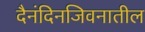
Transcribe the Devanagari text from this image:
दैनंदिनजिवनातील